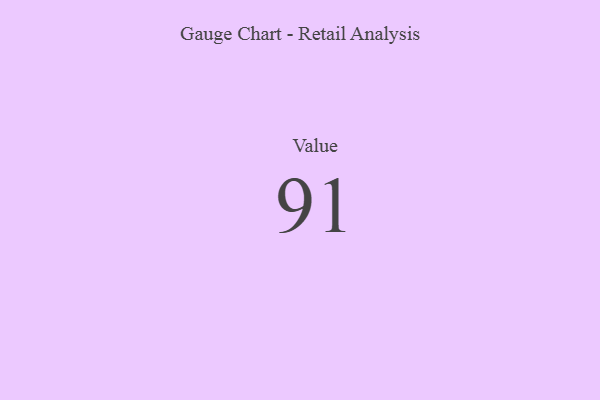
{"axis": {"x": "Metric", "y": "Value"}, "legend": [""], "data": [{"x": "Value", "y": 91, "type": ""}]}